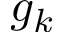
g _ { k }